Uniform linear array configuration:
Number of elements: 12
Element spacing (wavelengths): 0.25
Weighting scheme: uniform
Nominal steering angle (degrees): -60
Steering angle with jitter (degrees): -60.278
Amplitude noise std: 0.05
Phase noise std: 0.05

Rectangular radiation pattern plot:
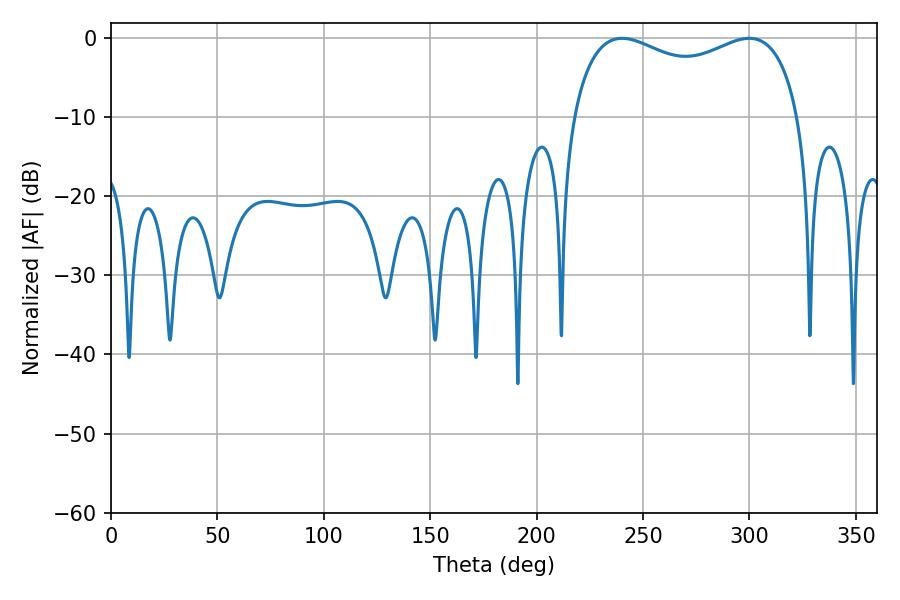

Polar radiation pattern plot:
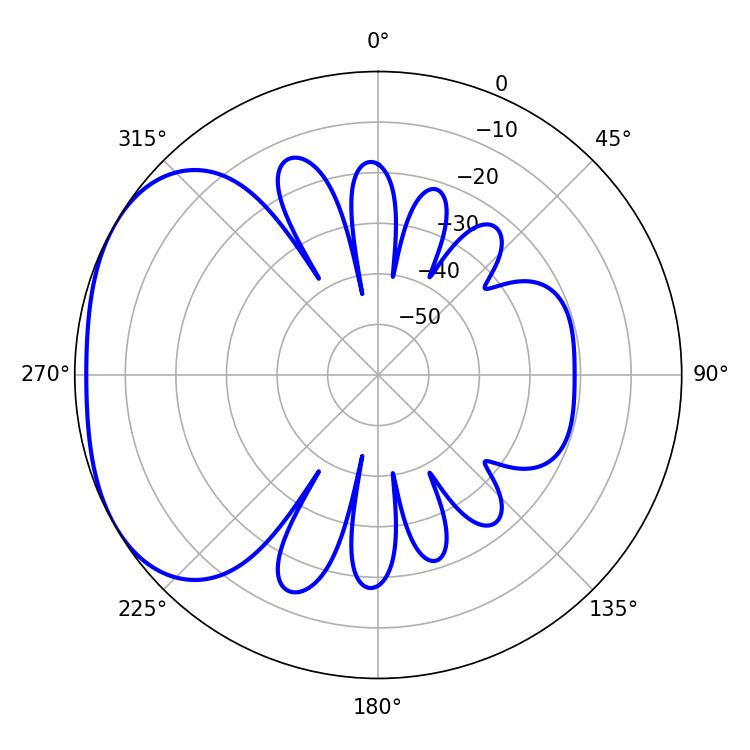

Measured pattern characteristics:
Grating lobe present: FALSE
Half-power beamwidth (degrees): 88.56
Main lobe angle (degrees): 240.12